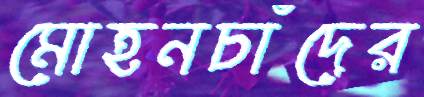
মোহনচাঁদের